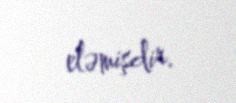
eləmişdir.